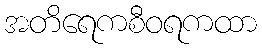
အတိရေကစီဝရကထာ